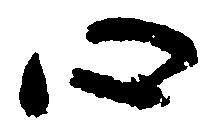
心